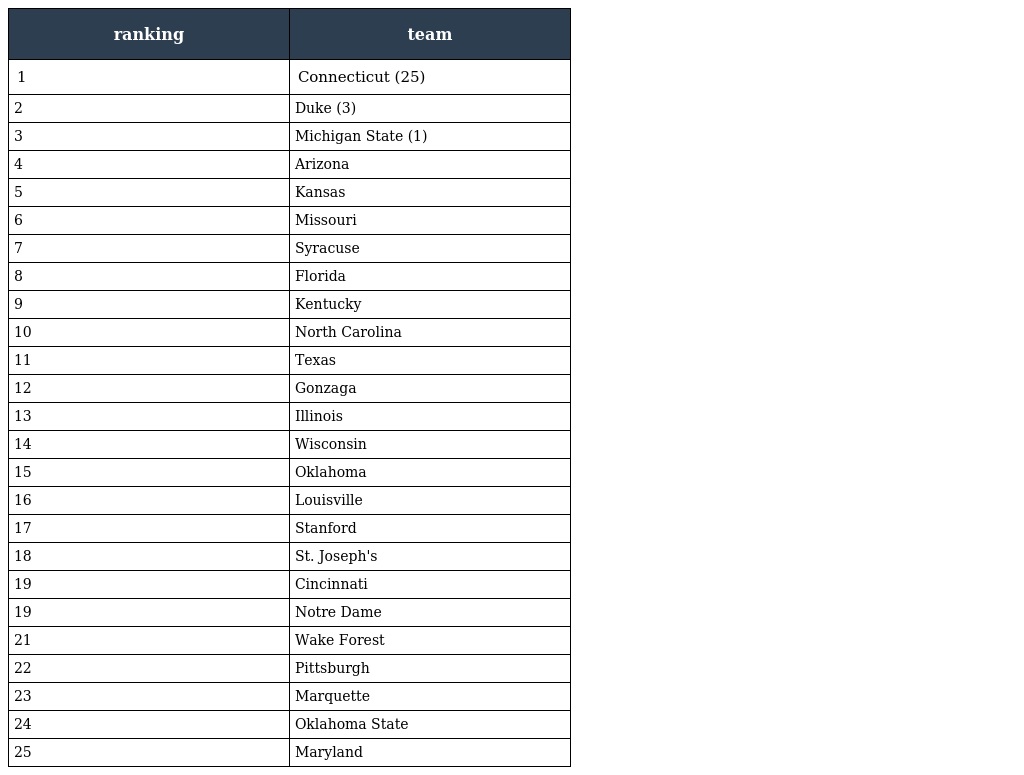
| ranking | team |
 | --- | --- |
 | 1 | Connecticut (25) |
 | 2 | Duke (3) |
 | 3 | Michigan State (1) |
 | 4 | Arizona |
 | 5 | Kansas |
 | 6 | Missouri |
 | 7 | Syracuse |
 | 8 | Florida |
 | 9 | Kentucky |
 | 10 | North Carolina |
 | 11 | Texas |
 | 12 | Gonzaga |
 | 13 | Illinois |
 | 14 | Wisconsin |
 | 15 | Oklahoma |
 | 16 | Louisville |
 | 17 | Stanford |
 | 18 | St. Joseph's |
 | 19 | Cincinnati |
 | 19 | Notre Dame |
 | 21 | Wake Forest |
 | 22 | Pittsburgh |
 | 23 | Marquette |
 | 24 | Oklahoma State |
 | 25 | Maryland |